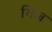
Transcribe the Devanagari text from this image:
गिज